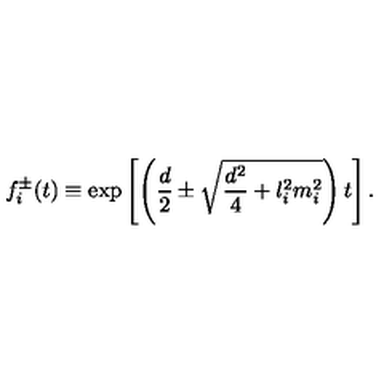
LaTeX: f _ { i } ^ { \pm } ( t ) \equiv \exp \left[ \left( { \frac { d } { 2 } } \pm \sqrt { { \frac { d ^ { 2 } } { 4 } } + l _ { i } ^ { 2 } m _ { i } ^ { 2 } } \right) t \right] .